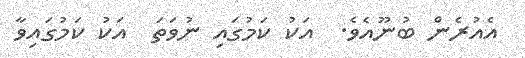
އެއުރެން ބުނޫއެވެ.  އަކު ކަމުގައި ނުވަތަ  އަކު ކަމުގައިވާ